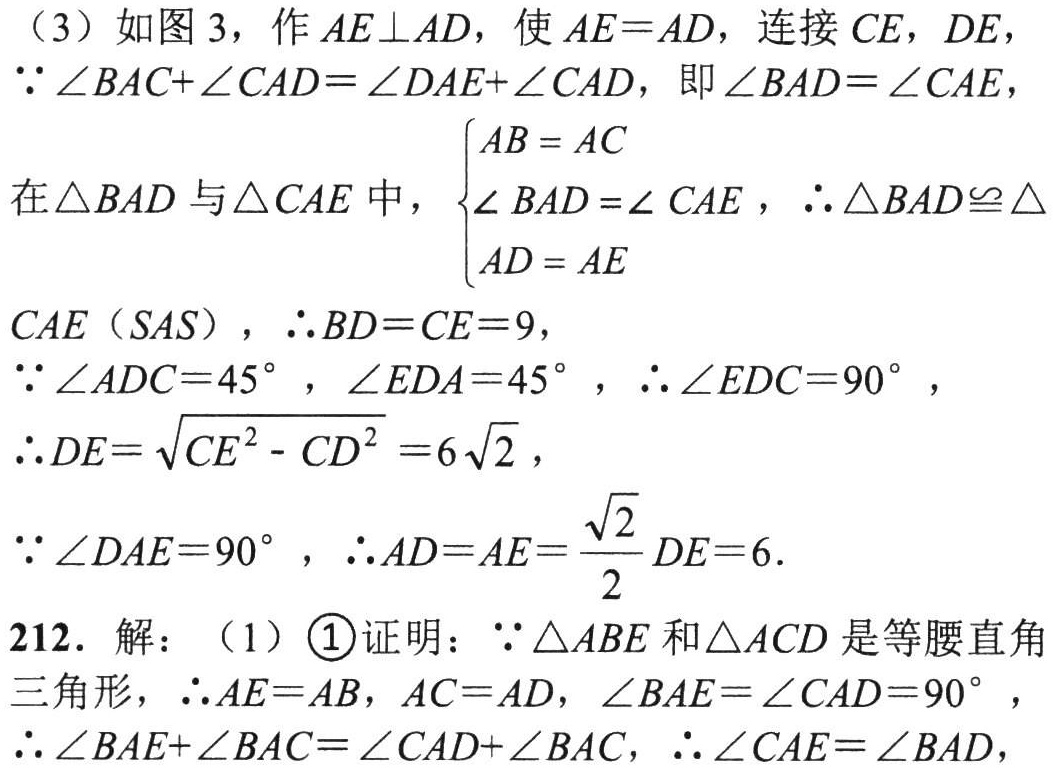
（3）如图 3，作 \(AE\perp AD\)，使 \(AE = AD\)，连接 \(CE\)，\(DE\)，
\(\because\angle BAC+\angle CAD=\angle DAE+\angle CAD\)，即\(\angle BAD=\angle CAE\)，
在\(\triangle BAD\)与\(\triangle CAE\)中，\(\begin{cases}AB = AC\\\angle BAD=\angle CAE\\AD = AE\end{cases}\)，\(\therefore\triangle BAD\cong\triangle\)
\(CAE\)（\(SAS\)），\(\therefore BD = CE = 9\)，
\(\because\angle ADC = 45^{\circ}\)，\(\angle EDA = 45^{\circ}\)，\(\therefore\angle EDC = 90^{\circ}\)，
\(\therefore DE=\sqrt{CE^{2}-CD^{2}} = 6\sqrt{2}\)，
\(\because\angle DAE = 90^{\circ}\)，\(\therefore AD = AE=\frac{\sqrt{2}}{2}DE = 6\).
212. 解：（1）\textcircled{1}证明：\(\because\triangle ABE\)和\(\triangle ACD\)是等腰直角
三角形，\(\therefore AE = AB\)，\(AC = AD\)，\(\angle BAE=\angle CAD = 90^{\circ}\)，
\(\therefore\angle BAE+\angle BAC=\angle CAD+\angle BAC\)，\(\therefore\angle CAE=\angle BAD\)，